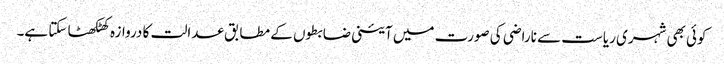
کوئی بھی شہری ریاست سے ناراضی کی صورت میں آئینی ضابطوں کے مطابق عدالت کا دروازہ کھٹکھٹا سکتا ہے۔